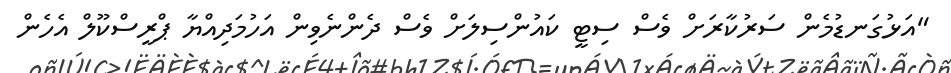
"އަޅުގަނޑުމެން ސަރުކާރަށް ވެސް ސިޓީ ކައުންސިލަށް ވެސް ދެންނެވިން އަހުމަދިއްޔާ ޕްރީސްކޫލް އެހެން